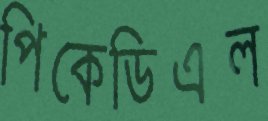
পিকেডিএল